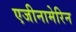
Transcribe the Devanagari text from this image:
एजीनामेरिन